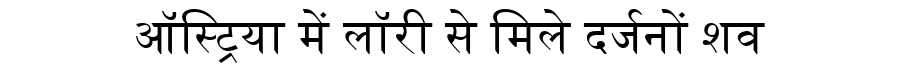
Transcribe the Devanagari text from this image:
ऑस्ट्रिया में लॉरी से मिले दर्जनों शव